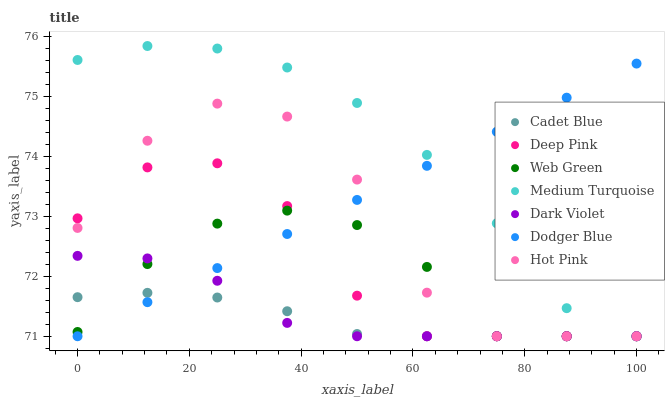
| xaxis_label | Cadet Blue | Deep Pink | Web Green | Medium Turquoise | Dark Violet | Dodger Blue | Hot Pink |
 | --- | --- | --- | --- | --- | --- | --- | --- |
 | 0 | 71.7 | 73 | 71.1 | 75.6 | 72.3 | 71 | 72.8 |
 | 12.5 | 71.7 | 73.8 | 72.2 | 75.8 | 72.3 | 71.6 | 74.3 |
 | 25 | 71.6 | 73.9 | 72.9 | 75.8 | 71.9 | 72.1 | 74.9 |
 | 37.5 | 71.4 | 73.2 | 73.1 | 75.5 | 71.2 | 72.7 | 74.7 |
 | 50 | 71 | 71.7 | 72.9 | 74.9 | 71 | 73.3 | 73.6 |
 | 62.5 | 71 | 71 | 72.2 | 74 | 71 | 73.8 | 71.7 |
 | 75 | 71 | 71 | 71 | 72.9 | 71 | 74.4 | 71 |
 | 87.5 | 71 | 71 | 71 | 71.5 | 71 | 75 | 71 |
 | 100 | 71 | 71 | 71 | 71 | 71 | 75.5 | 71 |